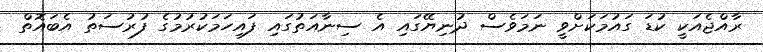
ރާއްޖެއަކީ ކުޑަ ގައުމަކަށްވީ ނަމަވެސް ދުނިޔޭގައި އެ ސިނާއަތުގައި ފައިހަމަކުރުމުގެ ފުރުސަތު އެބައޮތް